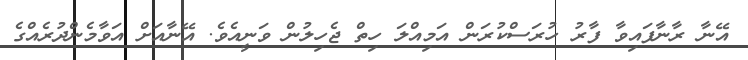
އޭނާ ރާނާފައިވާ ފާރު ހުރަސްކުރަން އަމިއްލަ ހިތް ޖެހިލުން ވަނީއެވެ. އޭނާއަށް އަވާމެންދުރެއްގެ